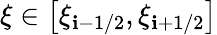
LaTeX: \displaystyle\xi\in\big[\xi_{\mathbf{i}-1/2},\xi_{\mathbf{i}+1/2}\big]